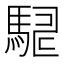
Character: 𮪇